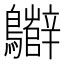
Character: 𪇷